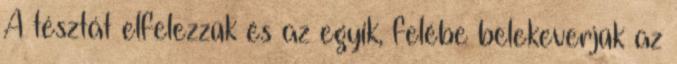
A tésztát elfelezzük és az egyik, felébe belekeverjük az